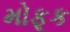
મોફૂક